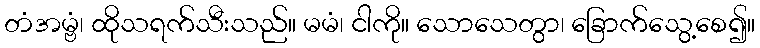
တံအမ္ဗံ၊ ထိုသရက်သီးသည်။ မမံ၊ ငါကို။ သောသေတွာ၊ ခြောက်သွေ့စေ၍။